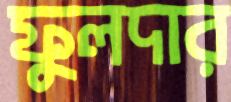
ফুলদার